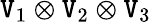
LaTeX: \mathtt{V}_{1}\otimes\mathtt{V}_{2}\otimes\mathtt{V}_{3}